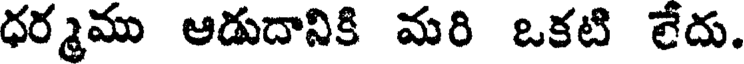
ధర్మము ఆడుదానికి మరి ఒకటి లేదు.